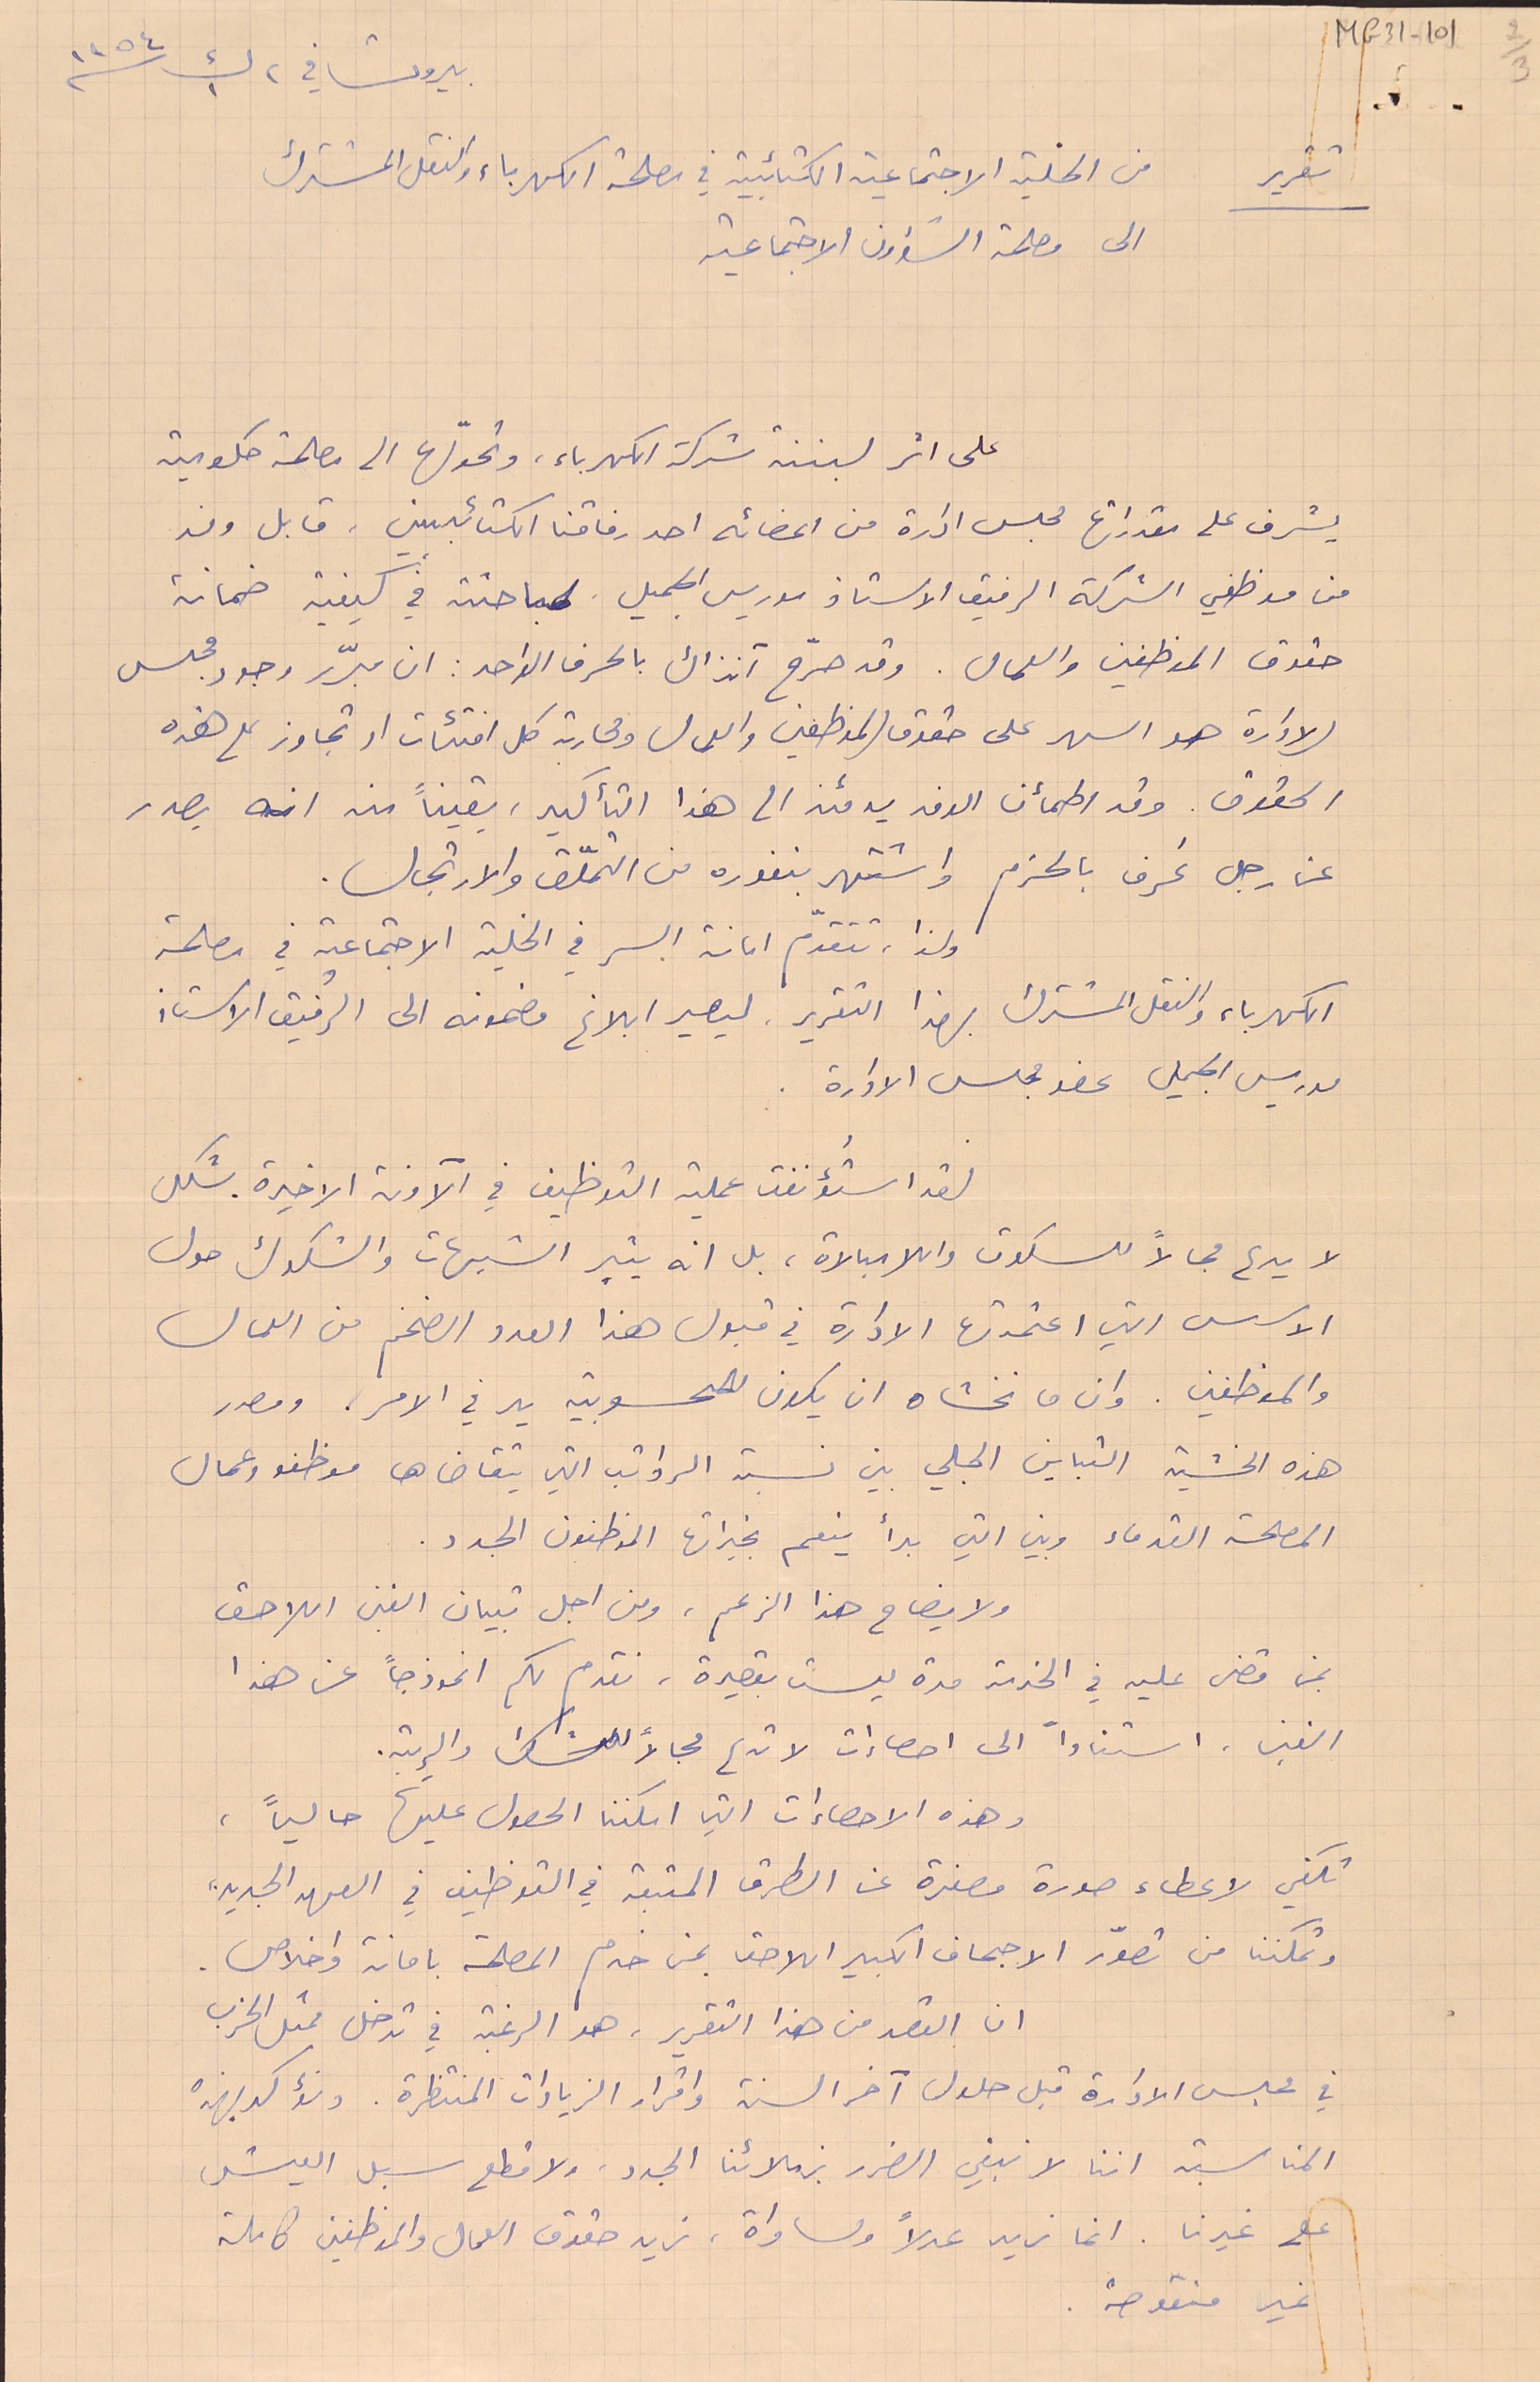
بيروت في ٢ ك١ سنة ١٩٥٤
من الخلية الاجتماعية الكتائبية في مصلحة الكهرباء والنقل المشترك
الى مصلحة الشؤون الاجتماعية
على اثر لبننة شركة الكهرباء، وتحوّلها الى مصلحة حكومية
يشرف على مقدراتها مجلس ادارة من اعضائه احد رفاقنا الكتائبيين. قابل وفد
من موظفي الشركة الرفيق الاستاذ موريس الجميل لمباحثته في كيفية ضمانة
حقوق الموظفين والعمال. وقد صرّح آنذاك بالحرف الواحد: ان مبرّر وجود مجلس
الادارة هو السهر على حقوق الموظفين والعمال ومحاربة كل افتئات او تجاوز على هذه
الحقوق. وقد اطمأن الوفد يومئذ الى هذا التأكيد، يقيناً منه انه يصدر
عن رجل عُرف بالحزم واشتهر بنفوره من التملّق والارتجال.
ولذا، تتقدّم امانة السر في الخلية الاجتماعية في مصلحة
الكهرباء والنقل المشترك بهذا التقرير، ليصير ابلاغ مضمونه الى الرفيق الاستاذ
موريس الجميل عضو مجلس الادارة.
لقدا استُؤنفت عملية التوظيف في الآونة الاخيرة بشكل
لا يدع مجالاً للسكوت واللامبالاة، بل انه يثير الشبهات والشكوك حول
الاسس التي اعتمدتها الادارة في قبول هذا العدد الضخم من العمال
والموظفين. وان ما نخشاه ان يكون للمحسوبية يد في الامر، ومصدر
هذه الخشية التباين المجلي بين نسبة الرواتب التي يتقاضاها موظفو وعمال
المصلحة القدماء وبين التي بدأ ينعم بخيراتها الموظفون الجدد.
ولا يضاح هذا الزعم، ومن اجل تبيان الغبن اللاحق
بمن قضى عليه في الخدمة مدة ليست بقصيرة، نقدم لكم انموذجاً عن هذا
الغبن. استناداً الى احصاإت لا تدع مجالاً للشك والريبة.
تكفي لاعطاء صورة مصغرة عن الطرق المتبعة في التوظيف في العهد الجديد،
وتمكننا من تصوّر الاجحاف الكبير اللاحق بمن خدم المصلحة بامانة واخلاص.
ان القصد من هذا التقرير، هو الرغبة في تدخل ممثل الحزب
في مجلس الادارة قبل حلول آخر السنة واقرار الزيادات المنتظرة. ونؤكد بهذه
المناسبة اننا لا نبغي الضرر بزملائنا الجدد، ولا قطع سبل العيش
على غيرنا. انما نريد عدلاً ومساواة ، نريد حقوق العمال والموظفين كاملة
غير منقوصة.
MG31-101  2/3
تقرير
وهذه الاحصاءات التي امكننا الحصول عليها حالياً،